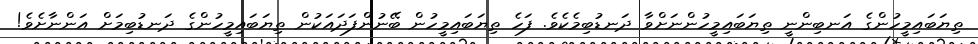
ތިޔަބައިމީހުންގެ އަނބިންނީ ތިޔަބައިމީހުންނަށްވާ ދަނޑުބިމެކެވެ. ފަހެ ތިޔަބައިމީހުން ބޭނުންފަދައަކުން ތިޔަބައިމީހުންގެ ދަނޑުބިމަށް އަންނާށެވެ!